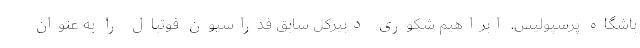
باشگاه پرسپولیس، ابراهیم شکوری دبیرکل سابق فدراسیون فوتبال را به عنوان